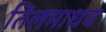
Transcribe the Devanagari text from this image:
तिलमाधव